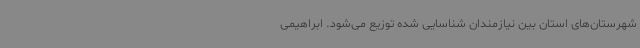
شهرستان‌های استان بین نیازمندان شناسایی شده توزیع می‌شود. ابراهیمی